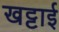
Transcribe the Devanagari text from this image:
खट्टाई